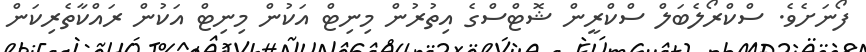
ފޯނަށެވެ. ސްކްރޯލެބަލް ސްކްރީން ޝޮޓްސްގެ އިތުރުން މިނިޓް އަކުން މިނިޓް އަކުން ރައްކާތެރިކަން